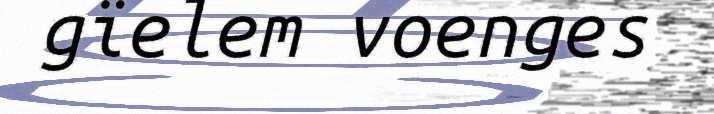
gïelem voenges